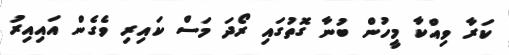
ކަރާ ވިއްކާ މީހުން ބުނާ ގޮތުގައި ރޯދަ މަސް ކައިރި ވެގެން އައިއިރު